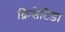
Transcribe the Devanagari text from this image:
क्रिसेटिडा